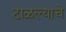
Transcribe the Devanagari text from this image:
टाळल्याचे